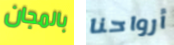
بالمجان أرواحنا